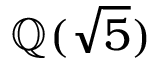
\mathbb { Q } ( { \sqrt { 5 } } )